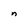
Character: n